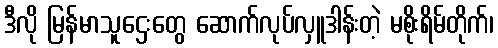
ဒီလို မြန်မာသူဌေးတွေ ဆောက်လုပ်လှူဒါန်းတဲ့ မစိုးရိမ်တိုက်၊